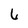
Character: 6